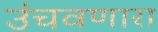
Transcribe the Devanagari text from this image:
उंचवणारा